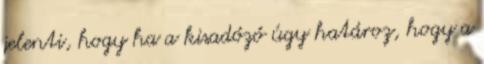
jelenti, hogy ha a kisadózó úgy határoz, hogy a